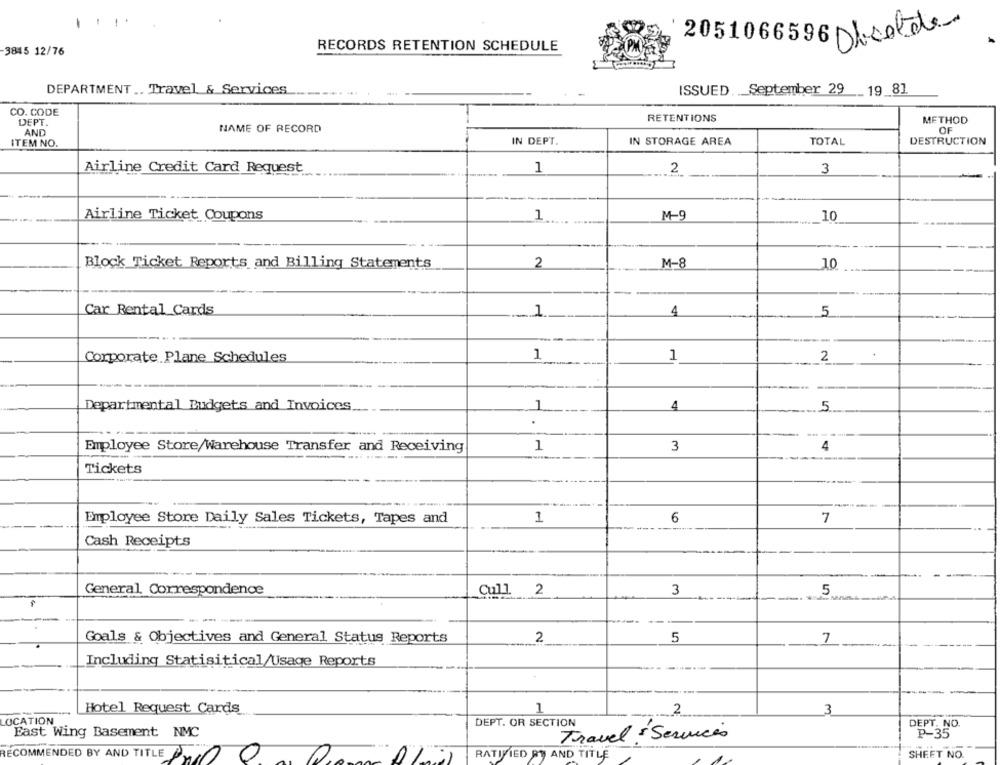
2051066596 Disolde
RECORDS RETENTION SCHEDULE
3845 12/76
DEPARTMENT. Travel & Services
ISSUED. __ September 29 __ 19_8]
CO. CODE
DEPT.
RETENTIONS
METHOD
AND
NAME OF RECORD
OF
ITEM NO.
IN DEPT.
IN STORAGE AREA
TOTAL
DESTRUCTION
1
2
Airline Credit Card Request
3
M-9
Airline Ticket Coupons
1
10
Block Ticket Reports and Billing Statements
2
M-8
10
Car Rental Cards
1
4
5
Corporate Plane Schedules
1
1
2
4
Departmental Budgets and Invoices
1
5
.
Employee Store/Warehouse Transfer and Receiving
1
3
4
Tickets
Employee Store Daily Sales Tickets, Tapes and
1
6
7
Cash Receipts
General Correspondence
Cull. 2
3
5
Goals & Objectives and General Status Reports
2
5
7
Including Statisitical/Usage Reports
Hotel Request Cards
2
3
OCATION
DEPT. OR SECTION
DEPT. NO.
East Wing Basement NMC
P-35
Travel & Services
RECOMMENDED BY AND TITLE
RATIFIED RY AND TITLE
SHEET NO.